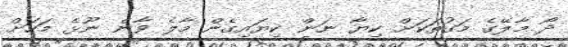
ދޯ މާލޭގެ މަގުތަކަށް ކިޔާ ނަން ކިޔައިގެން މާލެ ވާން ނޫޅެ މަހަށް